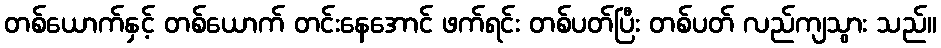
တစ်ယောက်နှင့် တစ်ယောက် တင်းနေအောင် ဖက်ရင်း တစ်ပတ်ပြီး တစ်ပတ် လည်ကျသွား သည်။